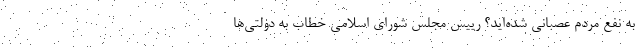
به نفع مردم عصبانی شده‌اید؟ رییس مجلس شورای اسلامی خطاب به دولتی‌ها